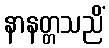
နာနတ္တသညိံ